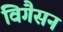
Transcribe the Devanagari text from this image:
विगैसन